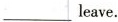
___leave.